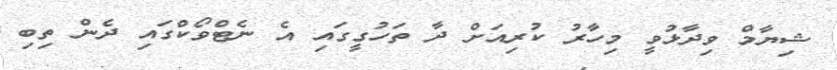
ޝިޔާމް ވިދާޅުވީ މިހާރު ކުރިއަށް ދާ ތަހުގީގައި އެ ނެޓްވޯކްގައި ދެން ތިބި